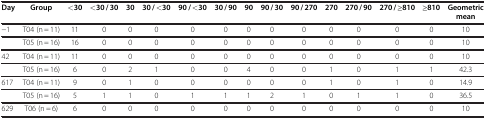
<table><thead><tr><td><b>Day</b></td><td><b>Group</b></td><td><b>&lt;30</b></td><td><b>&lt;30 / 30</b></td><td><b>30</b></td><td><b>30 / &lt;30</b></td><td><b>90 / &lt;30 </b></td><td><b>30 / 90</b></td><td><b>90</b></td><td><b>90 / 30</b></td><td><b>90 / 270</b></td><td><b>270</b></td><td><b>270 / 90</b></td><td><b>270 / ≥810</b></td><td><b>≥810</b></td><td><b>Geometric mean</b></td></tr></thead><tbody><tr><td>−1</td><td>T04 (n = 11)</td><td>11</td><td>0</td><td>0</td><td>0</td><td>0</td><td>0</td><td>0</td><td>0</td><td>0</td><td>0</td><td>0</td><td>0</td><td>0</td><td>10</td></tr><tr><td> </td><td>T05 (n = 16)</td><td>16</td><td>0</td><td>0</td><td>0</td><td>0</td><td>0</td><td>0</td><td>0</td><td>0</td><td>0</td><td>0</td><td>0</td><td>0</td><td>10</td></tr><tr><td>42</td><td>T04 (n = 11)</td><td>11</td><td>0</td><td>0</td><td>0</td><td>0</td><td>0</td><td>0</td><td>0</td><td>0</td><td>0</td><td>0</td><td>0</td><td>0</td><td>10</td></tr><tr><td> </td><td>T05 (n = 16)</td><td>6</td><td>0</td><td>2</td><td>1</td><td>0</td><td>0</td><td>4</td><td>0</td><td>0</td><td>1</td><td>0</td><td>1</td><td>1</td><td>42.3</td></tr><tr><td>617</td><td>T04 (n = 11)</td><td>9</td><td>0</td><td>1</td><td>0</td><td>0</td><td>0</td><td>0</td><td>0</td><td>0</td><td>1</td><td>0</td><td>1</td><td>0</td><td>14.9</td></tr><tr><td> </td><td>T05 (n = 16)</td><td>5</td><td>1</td><td>1</td><td>0</td><td>1</td><td>1</td><td>1</td><td>2</td><td>1</td><td>0</td><td>1</td><td>1</td><td>0</td><td>36.5</td></tr><tr><td>629</td><td>T06 (n = 6)</td><td>6</td><td>0</td><td>0</td><td>0</td><td>0</td><td>0</td><td>0</td><td>0</td><td>0</td><td>0</td><td>0</td><td>0</td><td>0</td><td>10</td></tr></tbody></table>